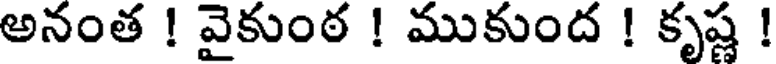
అనంత ! వైకుంఠ ! ముకుంద ! కృష్ణ !